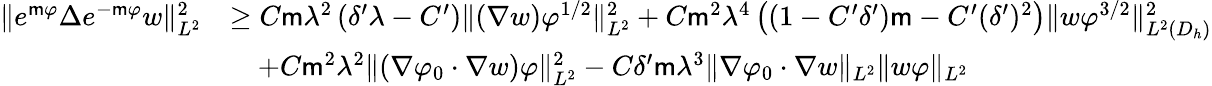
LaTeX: \begin{array}{rl}{\| e^{\mathsf{m}\varphi}\Delta e^{-\mathsf{m}\varphi}w\| _{L^{2}}^{2}}&{\geq C\mathsf{m}\lambda^{2}\left(\delta^{\prime}\lambda-C^{\prime}\right)\| (\nabla w)\varphi^{1/2}\| _{L^{2}}^{2}+C\mathsf{m}^{2}\lambda^{4}\left((1-C^{\prime}\delta^{\prime})\mathsf{m}-C^{\prime}(\delta^{\prime})^{2}\right)\| w\varphi^{3/2}\| _{L^{2}(D_{h})}^{2}}\\ &{\quad+C\mathsf{m}^{2}\lambda^{2}\| (\nabla\varphi_{0}\cdot\nabla w)\varphi\| _{L^{2}}^{2}-C\delta^{\prime}\mathsf{m}\lambda^{3}\| \nabla\varphi_{0}\cdot\nabla w\| _{L^{2}}\| w\varphi\| _{L^{2}}}\end{array}